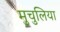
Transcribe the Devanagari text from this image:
मुचुलिया